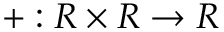
+ : R \times R \to R